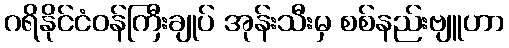
ဂရိနိုင်ငံဝန်ကြီးချုပ် အုန်းသီးမှ စစ်နည်းဗျူဟာ